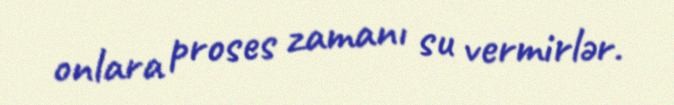
onlara proses zamanı su vermirlər.